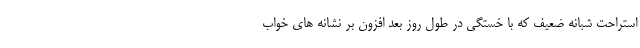
استراحت شبانه ضعیف که با خستگی در طول روز بعد افزون بر نشانه های خواب